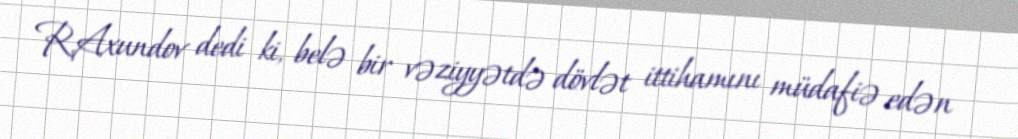
R.Axundov dedi ki, belə bir vəziyyətdə dövlət ittihamını müdafiə edən